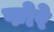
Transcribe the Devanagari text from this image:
फोरे